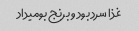
غذا سرد بود و برنج بومیداد